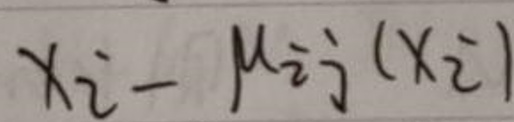
$x _ { i } - M _ { i j } ( x _ { j } )$